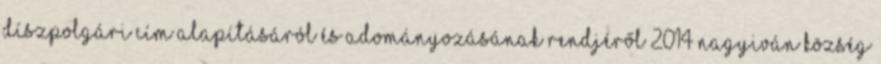
díszpolgári cím alapításáról és adományozásának rendjéről 2014 Nagyiván Község